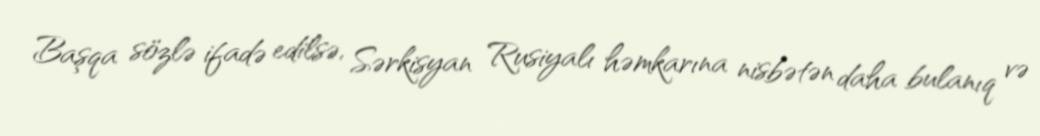
Başqa sözlə ifadə edilsə, Sərkisyan Rusiyalı həmkarına nisbətən daha bulanıq və